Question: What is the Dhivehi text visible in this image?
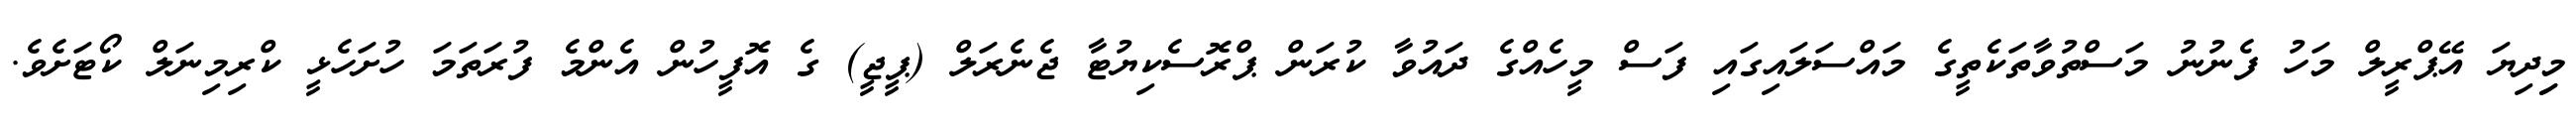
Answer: މިިދިޔަ އޭޕްރީލް މަހު ފެނުނު މަސްތުވާތަކެތީގެ މައްސަލައިގައި ފަސް މީހެއްގެ ދައުވާ ކުރަން ޕްރޮސެކިޔުޓާ ޖެނެރަލް (ޕީޖީ) ގެ އޮފީހުން އެންމެ ފުރަތަމަ ހުށަހެޅީ ކްރިމިނަލް ކޯޓަށެވެ.